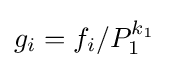
g_{i}=f_{i}/P_{1}^{k_{1}}